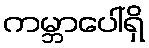
ကမ္ဘာပေါ်ရှိ